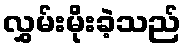
လွှမ်းမိုးခဲ့သည်